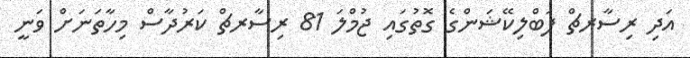
އަދި ރިސާރޗް ޕަބްލިކޭޝަންގެ ގޮތުގައި ޖުމްލަ 81 ރިސާރޗް ކަރުދާސް މިހާތަނަށް ވަނީ